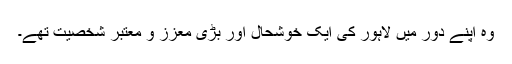
وہ اپنے دور میں لاہور کی ایک خوشحال اور بڑی معزز و معتبر شخصیت تھے۔